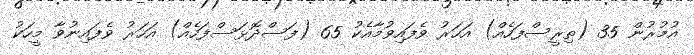
އުމުރުން 35 (ތިރީސްފަހެއް) އަހަރު ވެފައިވުމާއެކު 65 (ފަސްދޮޅަސްފަހެއް) އަހަރު ވެފައިނުވާ މީހަކު